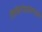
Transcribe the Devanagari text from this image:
विधिमंडळामध्‍ये